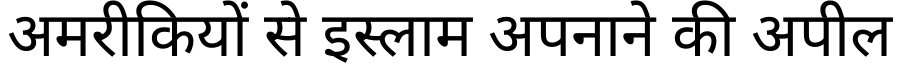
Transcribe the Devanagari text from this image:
अमरीकियों से इस्लाम अपनाने की अपील